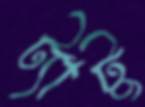
ট্যাটু